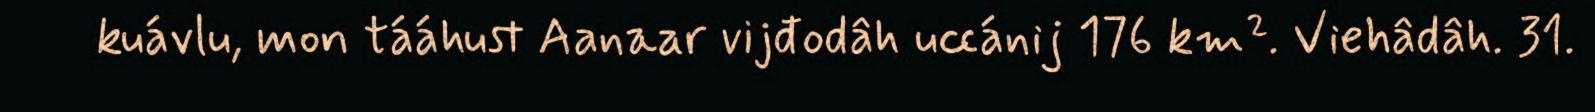
kuávlu, mon tááhust Aanaar vijđodâh uccánij 176 km². Viehâdâh. 31.